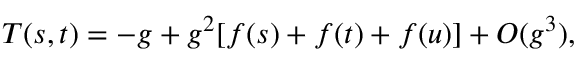
T ( s , t ) = - g + g ^ { 2 } [ f ( s ) + f ( t ) + f ( u ) ] + O ( g ^ { 3 } ) ,